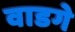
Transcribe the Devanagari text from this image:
वाडगे